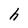
Character: h